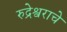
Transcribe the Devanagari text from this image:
रुद्रेश्वराचे